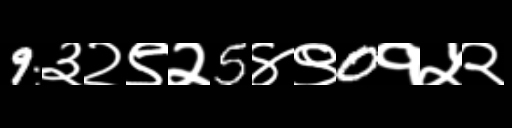
Text: 9३२९२5४९0१५२